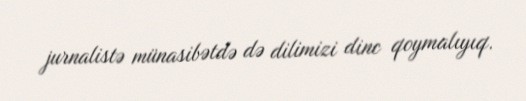
jurnalistə münasibətdə də dilimizi dinc qoymalıyıq.